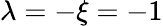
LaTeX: \lambda=-\xi=-1